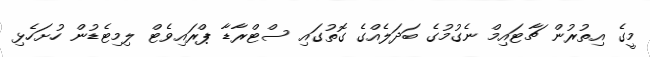
މީގެ އިތުރުން ޗާޓައިމް ނެގުމުގެ ބަދަލެއްގެ ގޮތުގައި ސްޓްރާޑާ ޕްރައިވެޓް ލިމިޓެޑުން ހުށަހެޅި